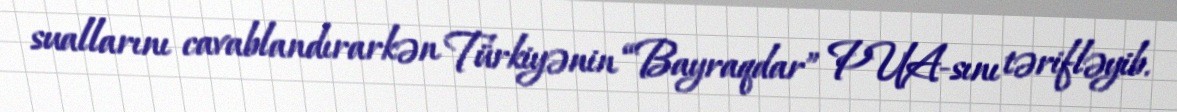
suallarını cavablandırarkən Türkiyənin “Bayraqdar” PUA-sını tərifləyib.